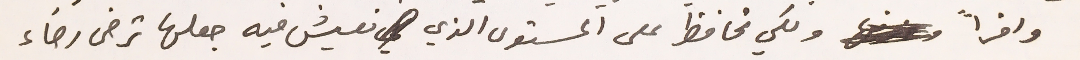
واخراً ولكي تحافظ على المستوى الذي نعيش فيه جعلها ترضى رضاء